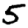
Digit: 5